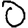
Digit: 0